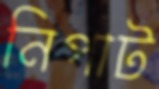
নিপাট